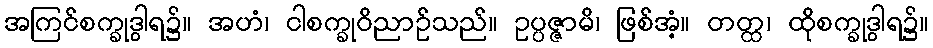
အကြင်စက္ခုဒွါရ၌။ အဟံ၊ ငါစက္ခုဝိညာဉ်သည်။ ဥပ္ပဇ္ဇာမိ၊ ဖြစ်အံ့။ တတ္ထ၊ ထိုစက္ခုဒွါရ၌။